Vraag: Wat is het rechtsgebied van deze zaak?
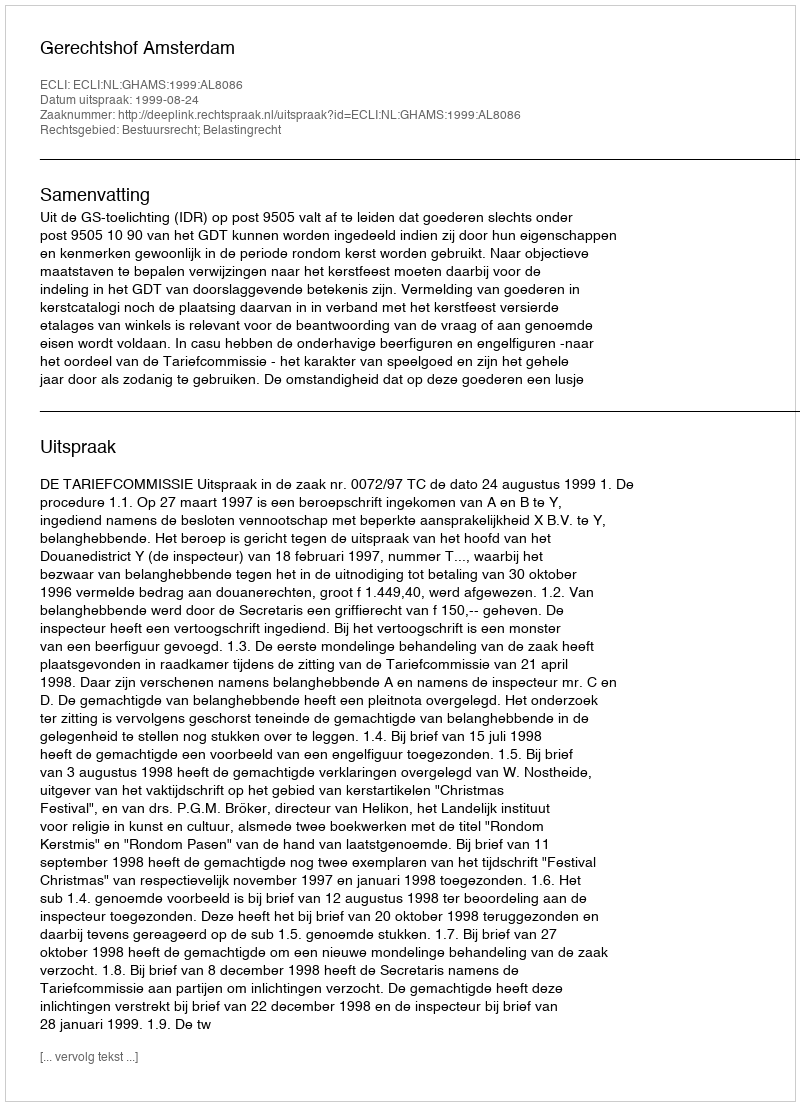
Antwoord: Bestuursrecht; Belastingrecht